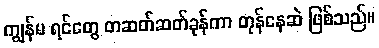
ကျွန်မ ရင်တွေ တဆတ်ဆတ်ခုန်ကာ တုန်နေဆဲ ဖြစ်သည်။